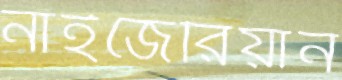
নাইজেরিয়ান